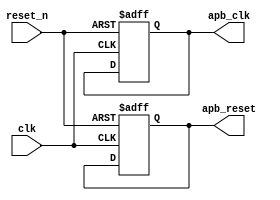
module timing_control_and_synchronization(
    input wire clk,
    input wire reset_n,
    // Other input signals for communication with peripherals
    // Output signals for timing control and synchronization
    output reg apb_clk,
    output reg apb_reset,
    // Other output signals for timing control and synchronization
);

// Code for generating clock signals
always @(posedge clk or negedge reset_n) begin
    if(!reset_n) begin
        apb_clk <= 1'b0;
    end else begin
        // Code for generating clock signals based on timing requirements
    end
end

// Code for generating reset signals
always @(posedge clk or negedge reset_n) begin
    if(!reset_n) begin
        apb_reset <= 1'b1;
    end else begin
        // Code for generating reset signals based on timing requirements
    end
end

// Other timing control and synchronization logic here

endmodule